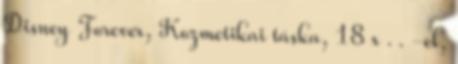
Disney Forever, Kozmetikai táska, 18 x . . -el,